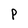
Character: P